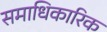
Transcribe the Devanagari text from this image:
समाधिकारिक